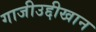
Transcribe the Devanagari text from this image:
गाजीउद्दीखान